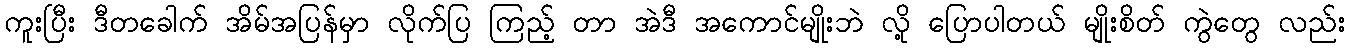
ကူးပြီး ဒီတခေါက် အိမ်အပြန်မှာ လိုက်ပြ ကြည့် တာ အဲဒီ အကောင်မျိုးဘဲ လို့ ပြောပါတယ် မျိုးစိတ် ကွဲတွေ လည်း